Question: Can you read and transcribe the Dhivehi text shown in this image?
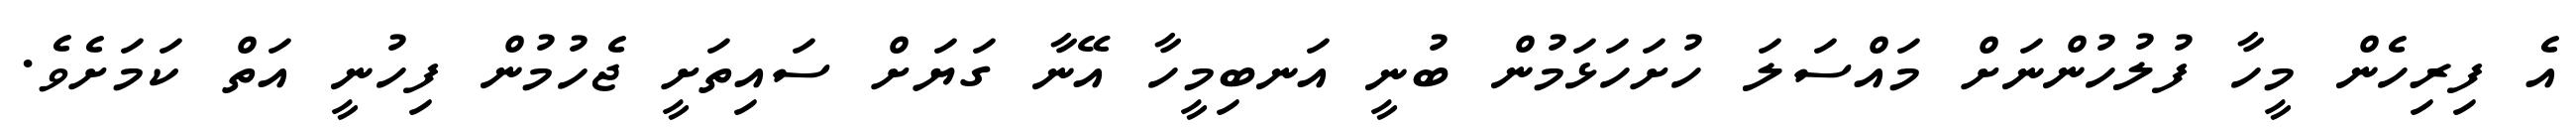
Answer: އެ ފިރިހެން މީހާ ފުލުހުންނަށް މައްސަލަ ހުށަހަޅަމުން ބުނީ އަނބިމީހާ އޭނާ ގަޔަށް ސައިތަށީ ޖެހުމުން ފިހުނީ އަތް ކަމަށެވެ.